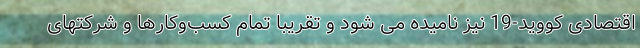
اقتصادی کووید-19 نیز نامیده می شود و تقریباً تمام کسب‌وکارها و شرکتهای